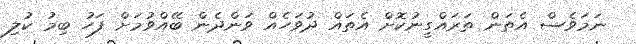
ނަމަވެސް އެތަން ތަރައްގީނުކޮށް އެތައް ދުވަހެއް ވަންދެން ބޭއްވުމަށް ފަހު ބިމު ކުލި